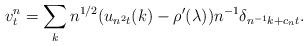
LaTeX: \begin{align*} v^n_t = \sum_k n^{1 / 2} (u_{n^2 t} (k) - \rho' (\lambda)) n^{- 1} \delta_{n^{- 1} k + c_n t} . \end{align*}